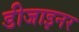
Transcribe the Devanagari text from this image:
डीजाइनर